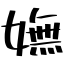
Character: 嫵